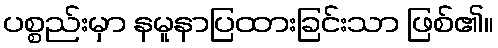
ပစ္စည်းမှာ နမူနာပြထားခြင်းသာ ဖြစ်၏။